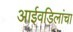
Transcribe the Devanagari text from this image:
आईवडिलांचा